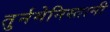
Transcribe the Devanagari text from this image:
तुर्नमेनिस्तानी